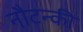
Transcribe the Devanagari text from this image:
नौटन्की